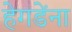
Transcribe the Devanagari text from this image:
हेगडेंना